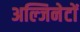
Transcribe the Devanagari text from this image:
अल्जिनेटों